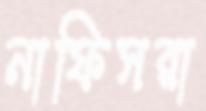
নাফিসরা